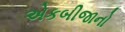
એકબીજાનો